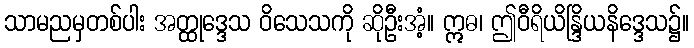
သာမညမှတစ်ပါး အတ္ထုဒ္ဒေသ ဝိသေသကို ဆိုဦးအံ့။ ဣဓ၊ ဤဝီရိယိန္ဒြိယနိဒ္ဒေသ၌။